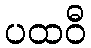
ပထဝီ